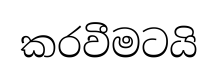
කරවීමටයි